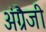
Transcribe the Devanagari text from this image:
अंग्रैजी